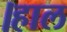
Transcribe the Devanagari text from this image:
।हाल